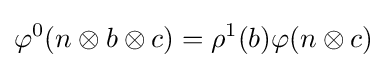
\varphi ^{0}(n\otimes b\otimes c)=\rho ^{1}(b)\varphi (n\otimes c)